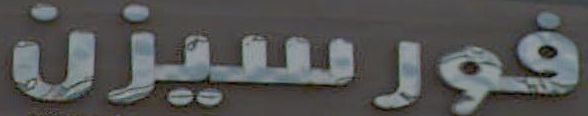
فورسيزن